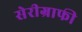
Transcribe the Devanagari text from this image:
सेरीग्राफी